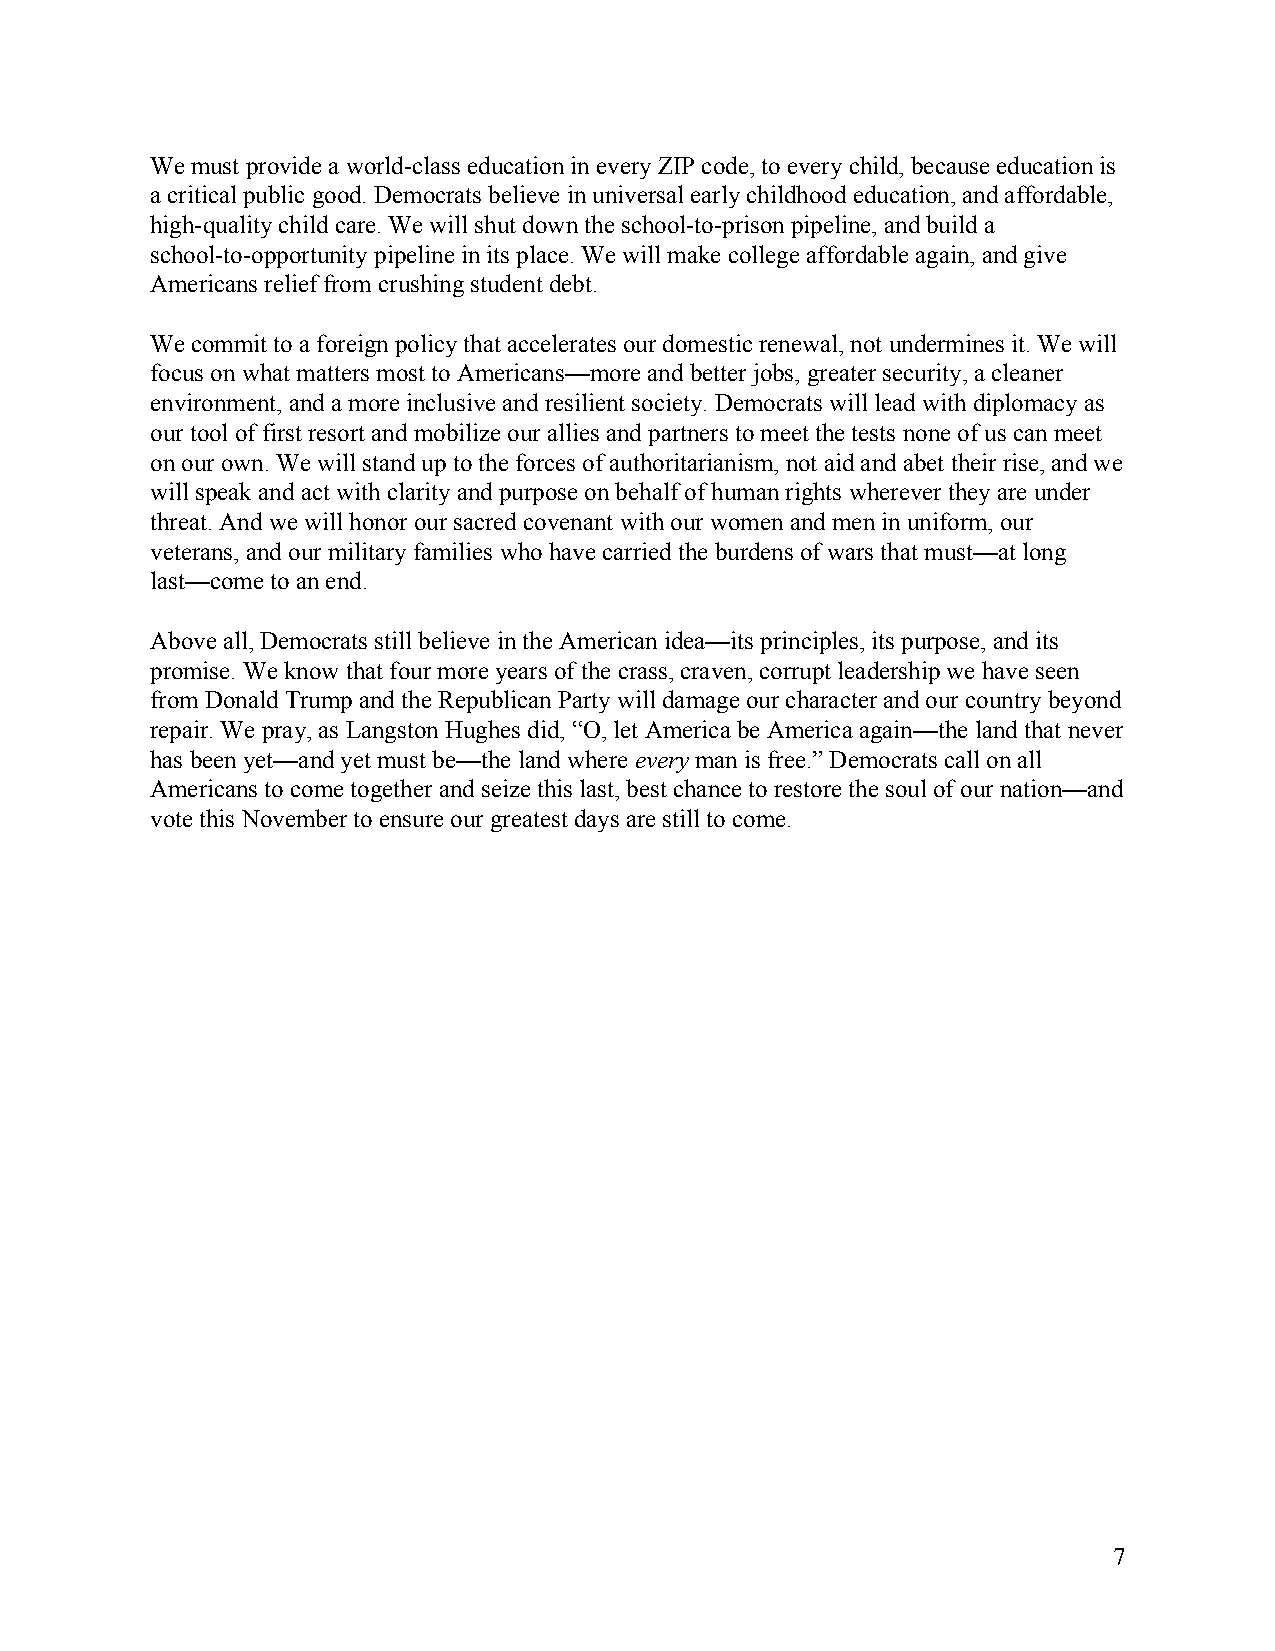
We must provide a world-class education in every ZIP code, to every child, because education is
 a critical public good. Democrats believe in universal early childhood education, and affordable,
 high-quality child care. We will shut down the school-to-prison pipeline, and build a
 school-to-opportunity pipeline in its place. We will make college affordable again, and give
 Americans relief from crushing student debt.
 We commit to a foreign policy that accelerates our domestic renewal, not undermines it. We will
 focus on what matters most to Americans—more and better jobs, greater security, a cleaner
 environment, and a more inclusive and resilient society. Democrats will lead with diplomacy as
 our tool of first resort and mobilize our allies and partners to meet the tests none of us can meet
 on our own. We will stand up to the forces of authoritarianism, not aid and abet their rise, and we
 will speak and act with clarity and purpose on behalf of human rights wherever they are under
 threat. And we will honor our sacred covenant with our women and men in uniform, our
 veterans, and our military families who have carried the burdens of wars that must—at long
 last—come to an end.
 Above all, Democrats still believe in the American idea—its principles, its purpose, and its
 promise. We know that four more years of the crass, craven, corrupt leadership we have seen
 from Donald Trump and the Republican Party will damage our character and our country beyond
 repair. We pray, as Langston Hughes did, “O, let America be America again—the land that never
 has been yet—and yet must be—the land where every man is free.” Democrats call on all
 ​  ​
 Americans to come together and seize this last, best chance to restore the soul of our nation—and
 vote this November to ensure our greatest days are still to come.
 7